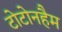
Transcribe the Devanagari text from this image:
टोटोनहैम